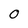
Character: O